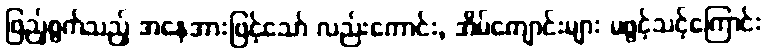
ဖြည့်စွက်သည့် အနေအားဖြင့်သော် လည်းကောင်း, အိမ်ကျောင်းများ မဖွင့်သင့်ကြောင်း